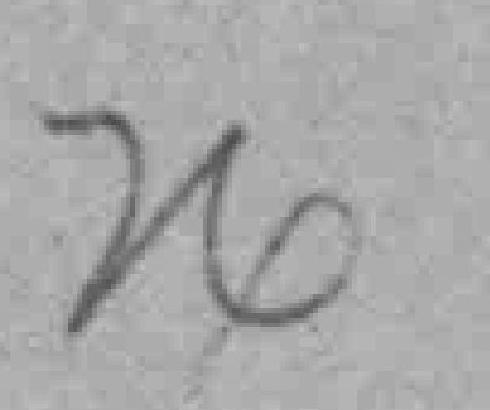
24